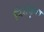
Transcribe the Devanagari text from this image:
रिनंकुश